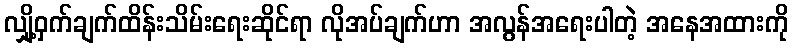
လျှို့ဝှက်ချက်ထိန်းသိမ်းရေးဆိုင်ရာ လိုအပ်ချက်ဟာ အလွန်အရေးပါတဲ့ အနေအထားကို